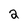
Character: 2